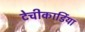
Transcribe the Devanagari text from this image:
टेचीकार्डिया